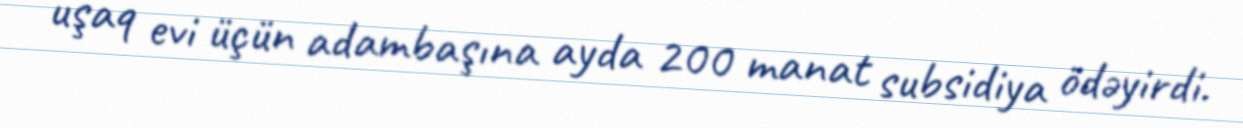
uşaq evi üçün adambaşına ayda 200 manat subsidiya ödəyirdi.